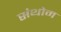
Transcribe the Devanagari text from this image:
संथोम